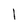
Character: l